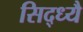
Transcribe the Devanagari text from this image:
सिद्ध्यै